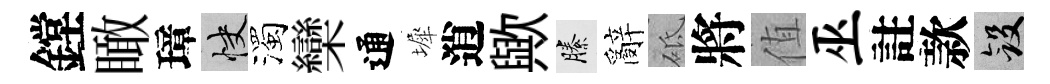
鏜瞰璋快濁欒通墀逍歟縢辭砥將值巫註款斂